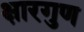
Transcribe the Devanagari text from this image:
क्षारगुण